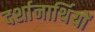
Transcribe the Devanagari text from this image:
दर्शानार्थियों